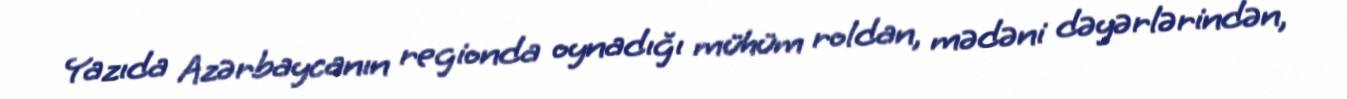
Yazıda Azərbaycanın regionda oynadığı mühüm roldan, mədəni dəyərlərindən,